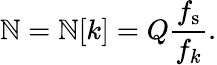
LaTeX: \mathbb{N}=\mathbb{N}[k]=Q{\frac{{f_{\mathrm{{s}}}}}{{f_{k}}}}.